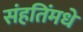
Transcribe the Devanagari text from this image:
संहतिंमधे